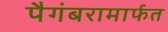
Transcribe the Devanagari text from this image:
पैगंबरामार्फत